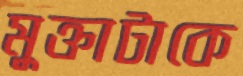
মুক্তাটাকে